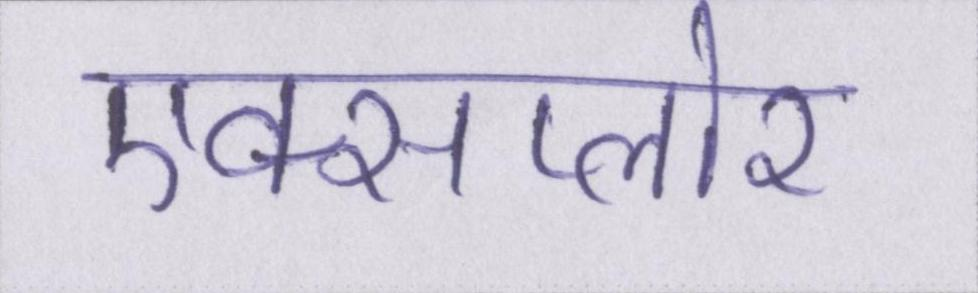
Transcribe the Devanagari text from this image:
एक्सप्लोर